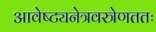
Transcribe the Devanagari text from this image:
आवेष्ट्यनेत्रवस्त्रेणततः